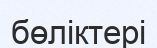
бөліктері